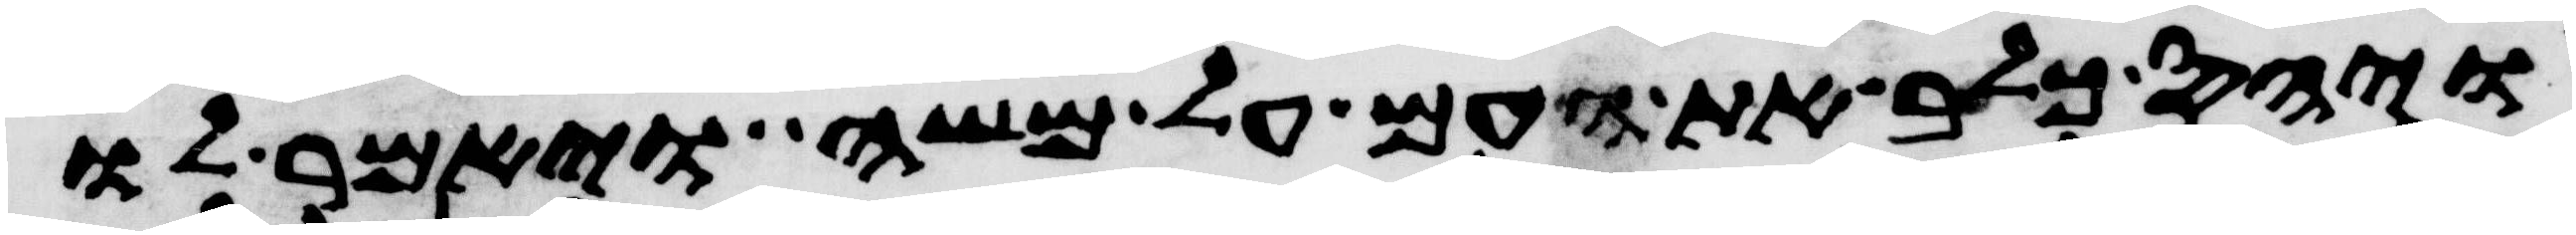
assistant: ויחס כלב את העם על משה ויאמר לו